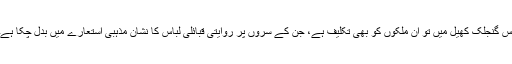
اس گنجلک کھیل میں تو ان ملکوں کو بھی تکلیف ہے، جن کے سروں پر روایتی قبائلی لباس کا نشان مذہبی استعارے میں بدل چکا ہے۔